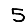
Digit: 5